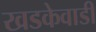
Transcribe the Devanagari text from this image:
खडकेवाडी